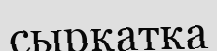
сырқатқа